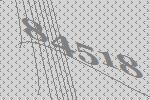
84518